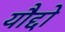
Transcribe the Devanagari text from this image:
यौद्दो